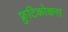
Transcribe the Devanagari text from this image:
फ्रुटिकोकस